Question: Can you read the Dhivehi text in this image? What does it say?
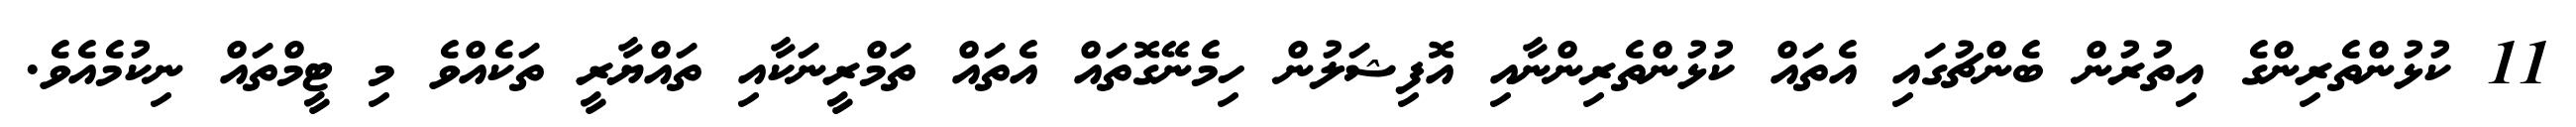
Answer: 11 ކުޅުންތެރިންގެ އިތުރުން ބެންޗުގައި އެތައް ކުޅުންތެރިންނާއި އޮފިޝަލުން ހިމެނޭގޮތައް އެތައް ތަމްރީނަކާއި ތައްޔާރީ ތަކެއްވެ މި ޓީމްތައް ނިކުމެއެވެ.